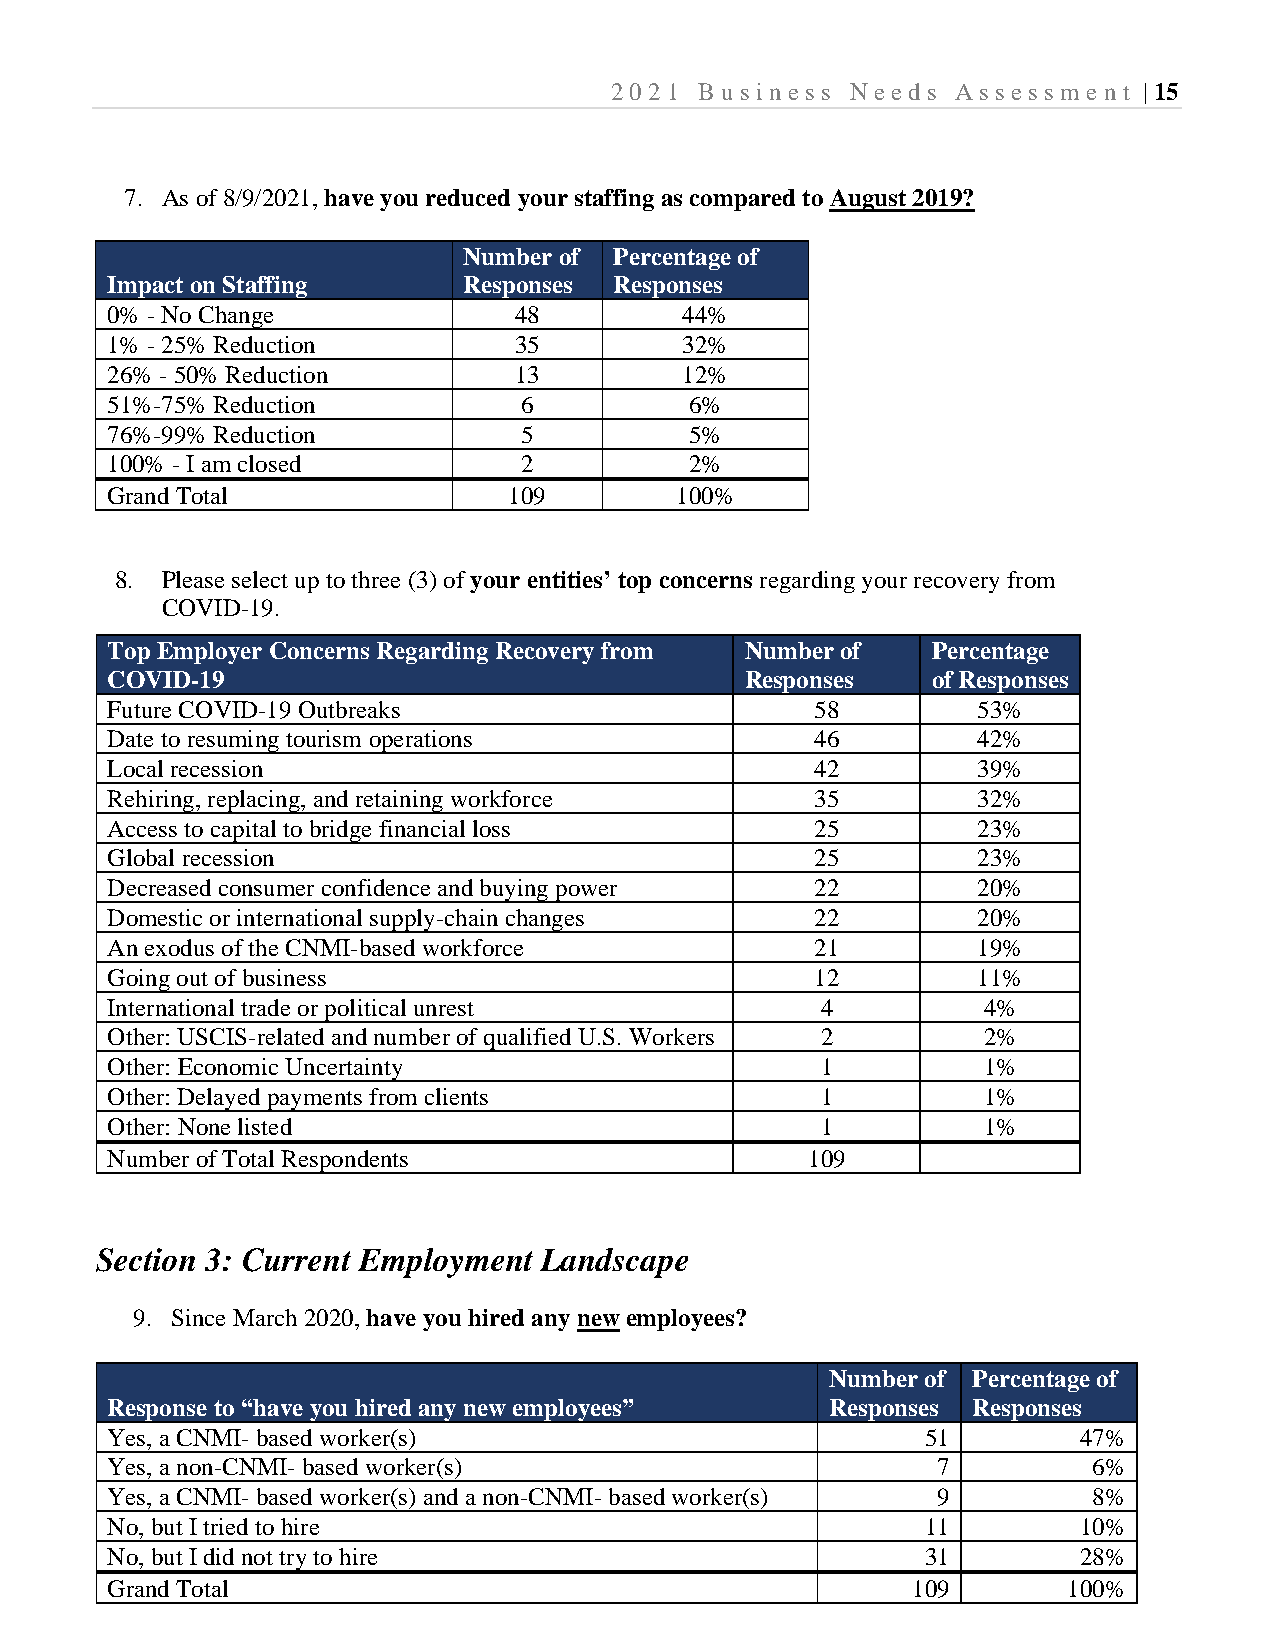
2021  B usi ness Needs Assessm  e nt | 15
 7. As of 8/9/2021, have you reduced your staffing as compared to August 2019?
 Number of Percentage of
 Impact on Staffing      Responses Responses
 0% - No Change             48         44%
 1% - 25% Reduction         35         32%
 26% - 50% Reduction        13         12%
 51%-75% Reduction          6           6%
 76%-99% Reduction          5           5%
 100% - I am closed         2           2%
 Grand Total                109        100%
 8. Please select up to three (3) of your entities’ top concerns regarding your recovery from
 COVID-19.
 Top Employer Concerns Regarding Recovery from Number of Percentage
 COVID-19                                  Responses    of Responses
 Future COVID-19 Outbreaks                      58         53%
 Date to resuming tourism operations            46         42%
 Local recession                                42         39%
 Rehiring, replacing, and retaining workforce   35         32%
 Access to capital to bridge financial loss     25         23%
 Global recession                               25         23%
 Decreased consumer confidence and buying power 22         20%
 Domestic or international supply-chain changes 22         20%
 An exodus of the CNMI-based workforce          21         19%
 Going out of business                          12         11%
 International trade or political unrest        4          4%
 Other: USCIS-related and number of qualified U.S. Workers 2 2%
 Other: Economic Uncertainty                    1          1%
 Other: Delayed payments from clients           1          1%
 Other: None listed                             1          1%
 Number of Total Respondents                    109
 Section 3: Current Employment Landscape
 9. Since March 2020, have you hired any new employees?
 Number of Percentage of
 Response to “have you hired any new employees”  Responses Responses
 Yes, a CNMI- based worker(s)                          51        47%
 Yes, a non-CNMI- based worker(s)                       7         6%
 Yes, a CNMI- based worker(s) and a non-CNMI- based worker(s) 9   8%
 No, but I tried to hire                               11        10%
 No, but I did not try to hire                         31        28%
 Grand Total                                          109        100%